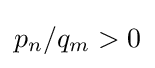
p_{n}/q_{m}>0